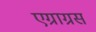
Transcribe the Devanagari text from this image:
एग्राग्रस